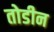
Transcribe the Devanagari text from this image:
तोडीन